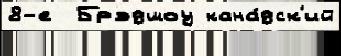
8-е  Брэдшоу кана́дск'ий